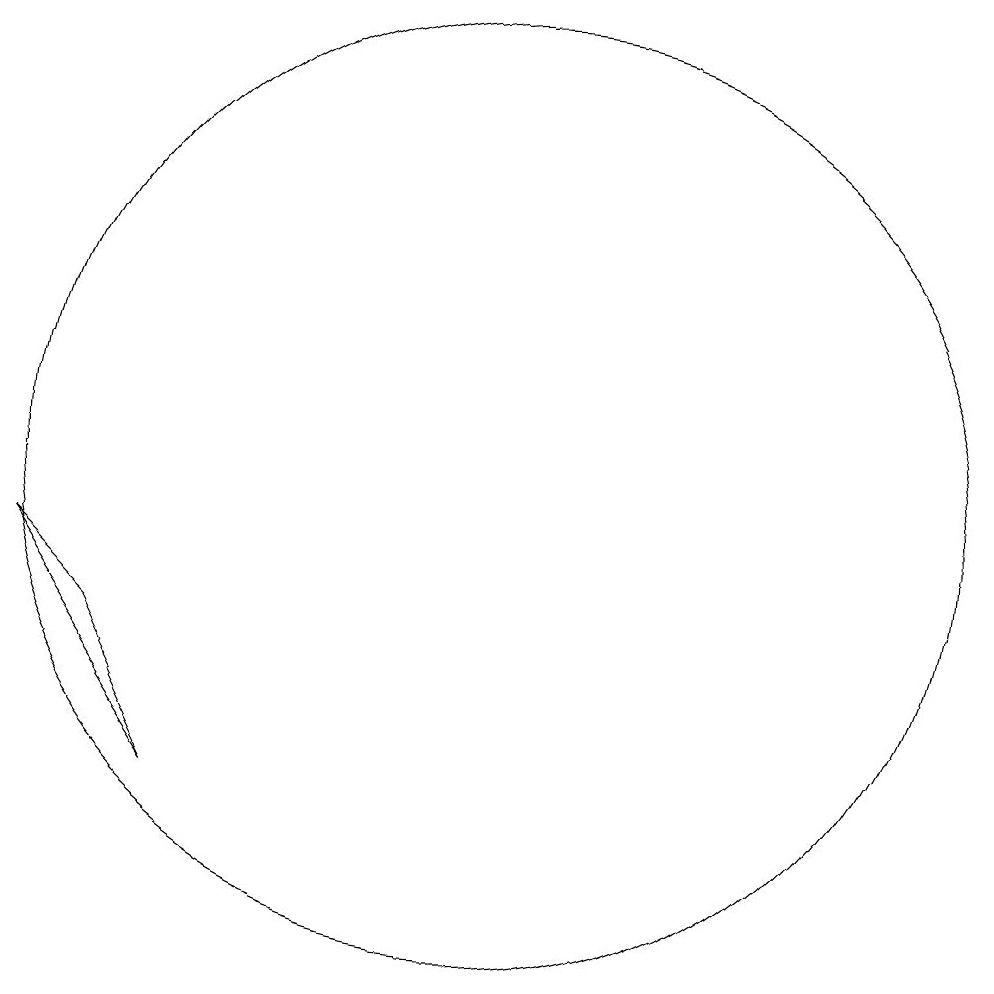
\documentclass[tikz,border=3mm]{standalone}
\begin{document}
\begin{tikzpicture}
\draw (10,10) circle (0);
\draw (11,10) circle (6);
\draw (6,8) -- (5,9) -- (7,6) -- cycle;
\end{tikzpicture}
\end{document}